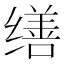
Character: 缮